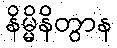
နိမ္မိနိတွာန